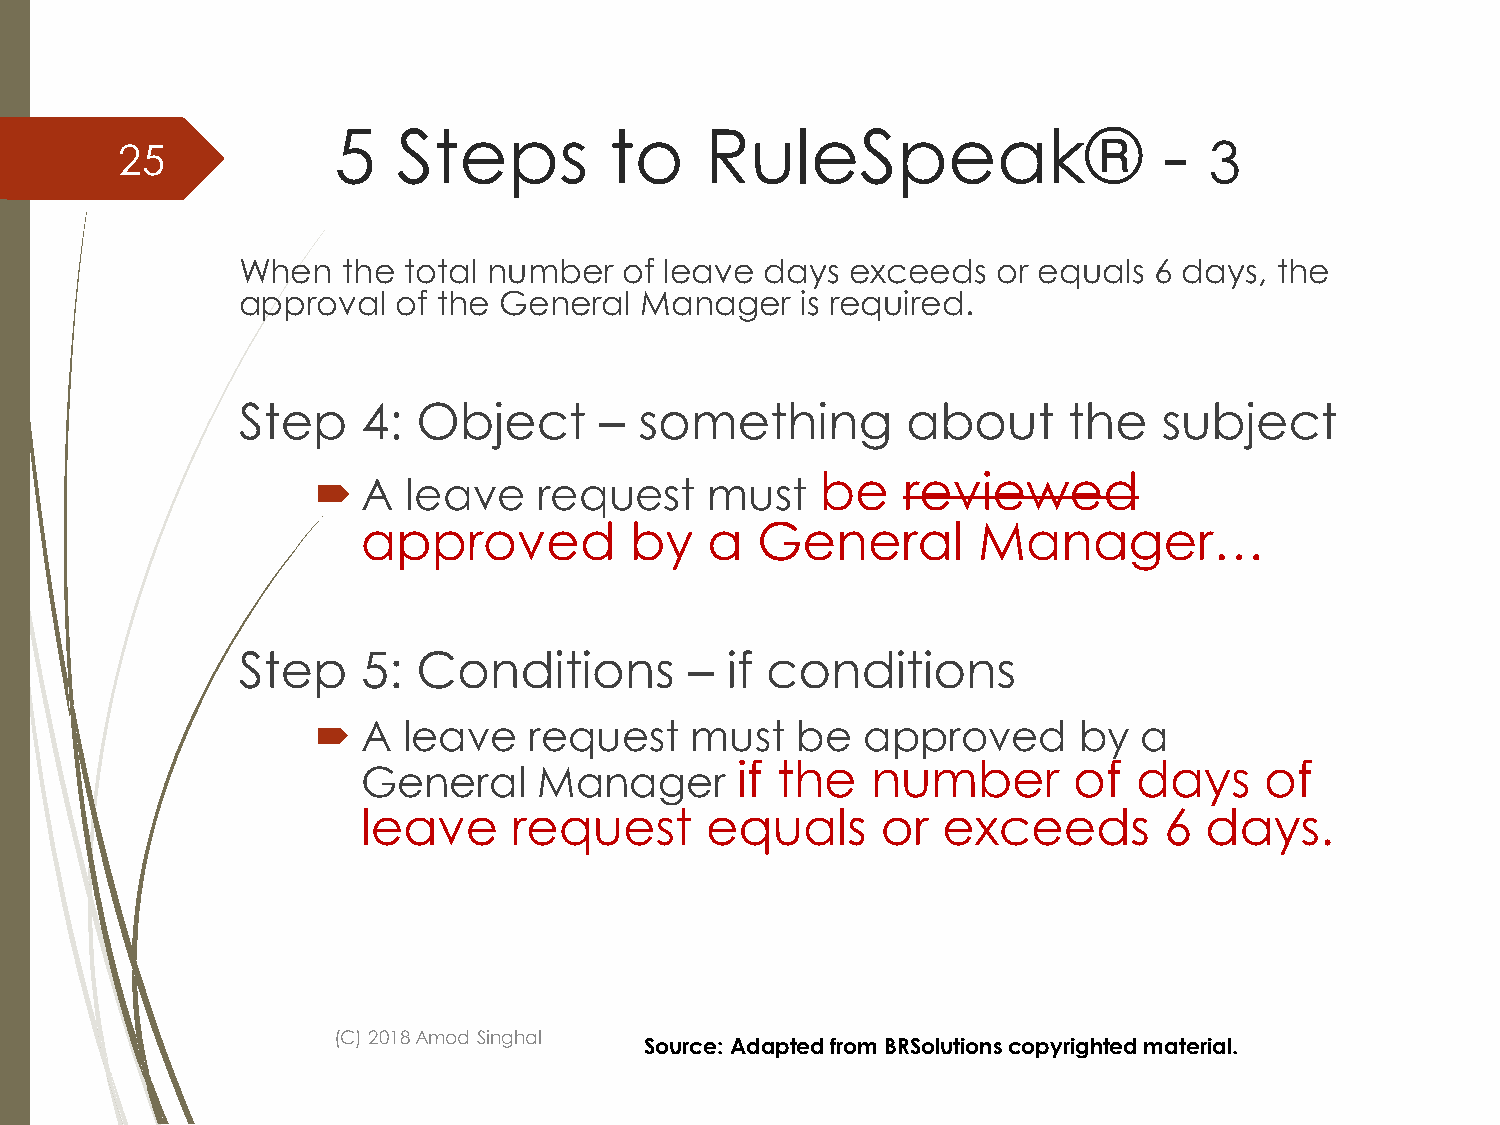
5   Steps         to     RuleSpeak®                    -
 25                                                                      3
 When   the total number  of leave  days exceeds   or equals 6 days,  the
 approval  of the General  Manager    is required.
 Step    4:  Object      – something         about      the   subject
 be    reviewed
   A  leave    request    must
 approved          by   a  General        Manager…
 Step    5:  Conditions        – if conditions
   A  leave   request    must   be  approved      by   a
 if the   number       of  days     of
 General     Manager
 leave     request      equals     or  exceeds        6  days.
 (C) 2018 Amod Singhal
 Source: Adapted from BRSolutionscopyrighted material.